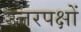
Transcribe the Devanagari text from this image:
उत्तरपक्षों